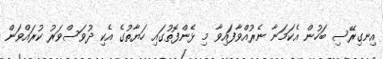
އިނގިރޭސި ބަހުން އެކަމަނާ ނެރުއްވާފައިވާ މި ޅެންފޮތުގައި ހަޔާތުގެ އެކި ދުވަސްވަރު ކުރައްވަން